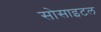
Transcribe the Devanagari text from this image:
सोसाइटल